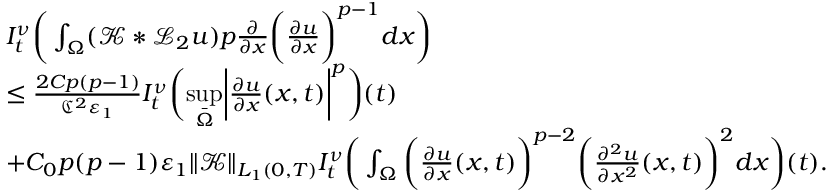
\begin{array} { r l } & { I _ { t } ^ { \nu } \bigg ( \int _ { \Omega } ( \mathcal { K } * \mathcal { L } _ { 2 } u ) p \frac { \partial } { \partial x } \bigg ( \frac { \partial u } { \partial x } \bigg ) ^ { p - 1 } d x \bigg ) } \\ & { \leq \frac { 2 C p ( p - 1 ) } { \mathfrak { C } ^ { 2 } \varepsilon _ { 1 } } I _ { t } ^ { \nu } \bigg ( \underset { \bar { \Omega } } { \operatorname* { s u p } } \bigg | \frac { \partial u } { \partial x } ( x , t ) \bigg | ^ { p } \bigg ) ( t ) } \\ & { + C _ { 0 } p ( p - 1 ) \varepsilon _ { 1 } \| \mathcal { K } \| _ { L _ { 1 } ( 0 , T ) } I _ { t } ^ { \nu } \bigg ( \int _ { \Omega } \bigg ( \frac { \partial u } { \partial x } ( x , t ) \bigg ) ^ { p - 2 } \bigg ( \frac { \partial ^ { 2 } u } { \partial x ^ { 2 } } ( x , t ) \bigg ) ^ { 2 } d x \bigg ) ( t ) . } \end{array}